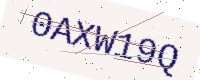
Text: 0AXW19Q